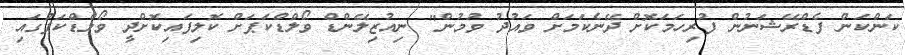
ކަންކަން ފެޑްރޭޝަނުން ފުރިހަމަކޮށް ދޭނެކަމަށް ވައުދު ވުމުން" ނިއުޒިލޭންޑް ވޯލްޑްކަޕަށް ކޮލިފައިކޮށްދީ ވޯލްޑްކަޕުގައި